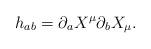
LaTeX: \begin{align*}h_{ab} = \partial_a X^\mu \partial_b X_\mu.\end{align*}